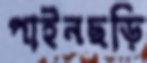
পাইনছড়ি